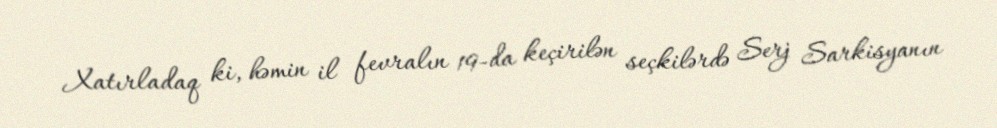
Xatırladaq ki, həmin il fevralın 19-da keçirilən seçkilərdə Serj Sarkisyanın